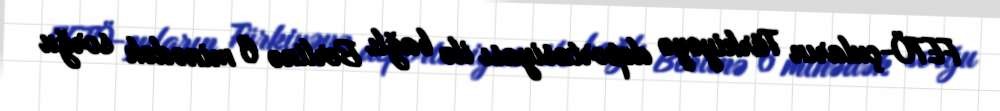
FETÖ-çuların Türkiyəyə deportasiyası ilə bağlı Berlinə 6 minədək sorğu